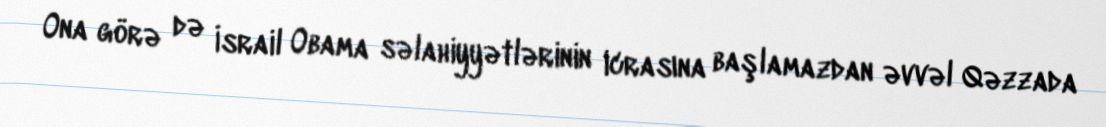
Ona görə də İsrail Obama səlahiyyətlərinin icrasına başlamazdan əvvəl Qəzzada